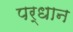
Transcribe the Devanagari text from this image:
पर्धान